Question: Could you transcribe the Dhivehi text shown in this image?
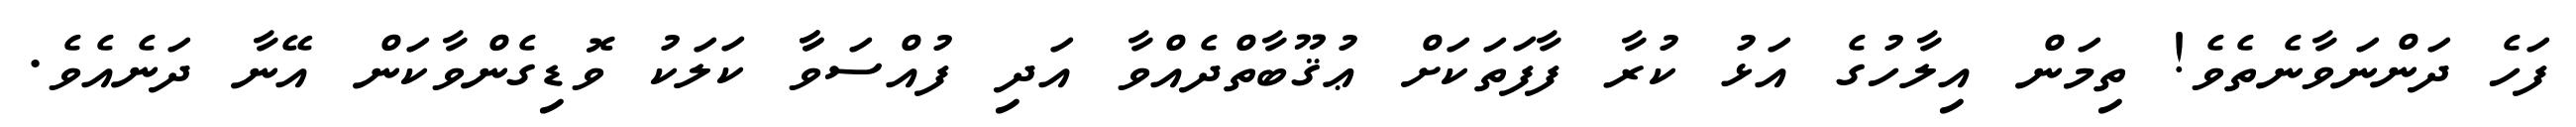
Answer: ފަހެ ދަންނަވާނެތެވެ! ތިމަން އިލާހުގެ އަޅު ކުރާ ފާފަތަކަށް ޢުޤޫބާތްދެއްވާ އަދި ފުއްސަވާާ ކަލަކު ވޮޑިގެންވާކަން އޭނާ ދަނެއެވެ.